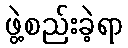
ဖွဲ့စည်းခဲ့ရာ